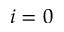
i = 0